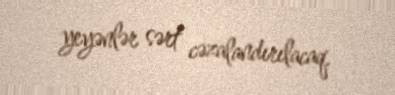
yeyənlər sərt cəzalandırılacaq.